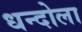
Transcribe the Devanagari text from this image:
धन्दोला